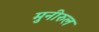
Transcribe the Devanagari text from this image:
मुनीरुल